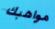
مواهبك